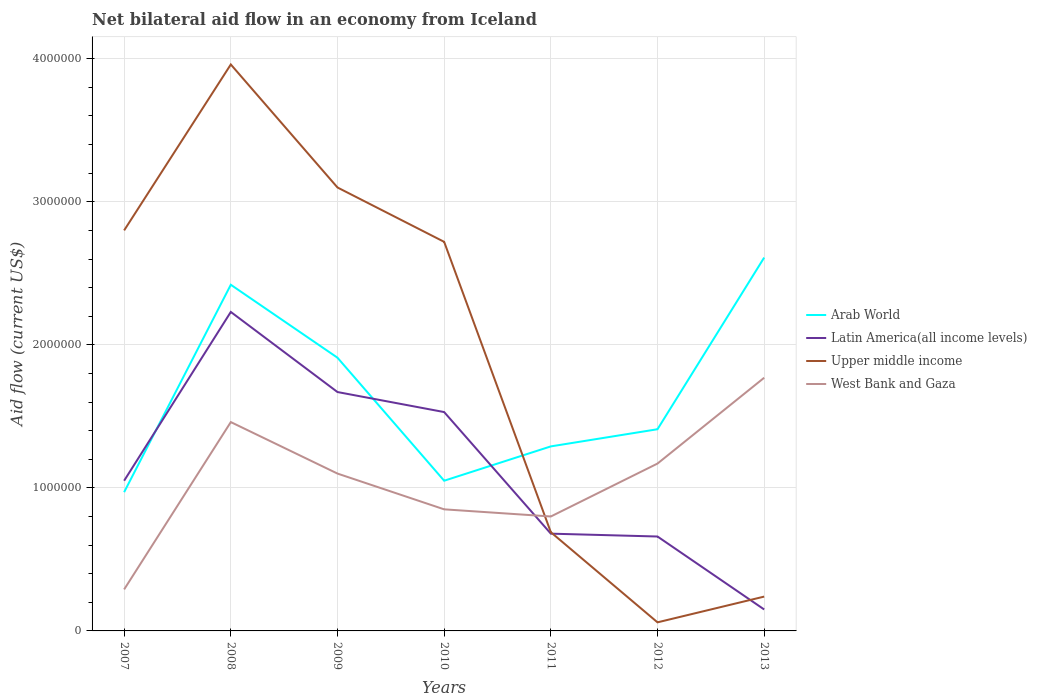
| Years | Arab World | Latin America(all income levels) | Upper middle income | West Bank and Gaza |
 | --- | --- | --- | --- | --- |
 | 2007 | 9.7e+05 | 1.05e+06 | 2.8e+06 | 2.9e+05 |
 | 2008 | 2.42e+06 | 2.23e+06 | 3.96e+06 | 1.46e+06 |
 | 2009 | 1.91e+06 | 1.67e+06 | 3.1e+06 | 1.1e+06 |
 | 2010 | 1.05e+06 | 1.53e+06 | 2.72e+06 | 8.5e+05 |
 | 2011 | 1.29e+06 | 6.8e+05 | 6.9e+05 | 8e+05 |
 | 2012 | 1.41e+06 | 6.6e+05 | 6e+04 | 1.17e+06 |
 | 2013 | 2.61e+06 | 1.5e+05 | 2.4e+05 | 1.77e+06 |